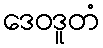
ဒေဝဒူတံ